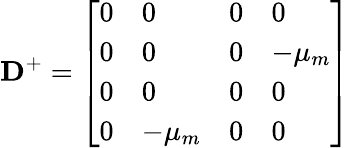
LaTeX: \mathbf{D}^{+}=\left[\begin{array}{llll}{0}&{0}&{0}&{0}\\ {0}&{0}&{0}&{-\mu_{m}}\\ {0}&{0}&{0}&{0}\\ {0}&{-\mu_{m}}&{0}&{0}\end{array}\right]